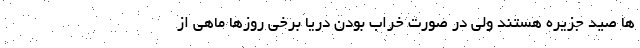
ها صید جزیره هستند ولی در صورت خراب بودن دریا برخی روزها ماهی از